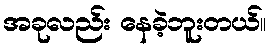
အခုလည်း နေခဲ့ဘူးတယ်။